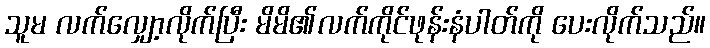
သူမ လက်လျှော့လိုက်ပြီး မိမိ၏လက်ကိုင်ဖုန်းနံပါတ်ကို ပေးလိုက်သည်။